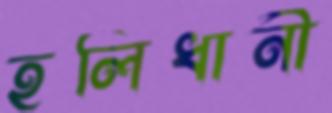
হলিধানী